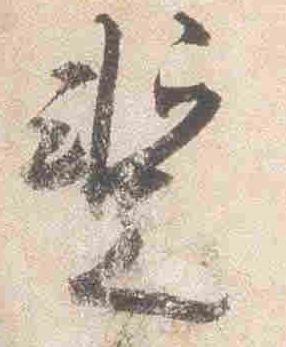
蹔